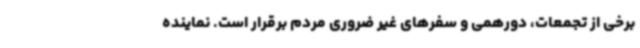
برخی از تجمعات، دورهمی و سفرهای غیر ضروری مردم برقرار است. نماینده